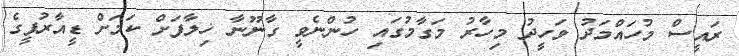
ރައީސް މުހައްމަދު ވަހީދު މިހާރު މަގާމުގައި ހުންނެވީ ގާނޫނާ ޚިލާފަށް ކަމަށް ޑީއާރުޕީގެ